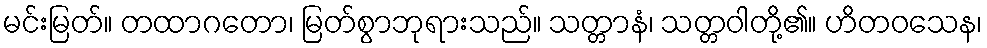
မင်းမြတ်။ တထာဂတော၊ မြတ်စွာဘုရားသည်။ သတ္တာနံ၊ သတ္တဝါတို့၏။ ဟိတဝသေန၊